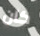
كان